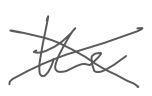
Text: the
Cross-out: cross
Writing tool: digital_gray